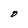
Character: O